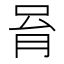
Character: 𠱮